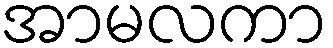
အာမလကာ